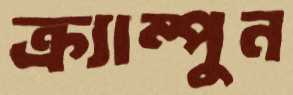
ক্র্যাম্পুন